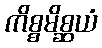
ကိစ္စမိစ္ဆယံ